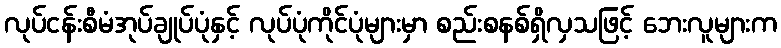
လုပ်ငန်းစီမံအုပ်ချုပ်ပုံနှင့် လုပ်ပုံကိုင်ပုံများမှာ စည်းစနစ်ရှိလှသဖြင့် ဘေးလူများက